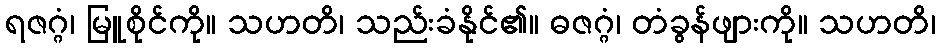
ရဇဂ္ဂံ၊ မြူစိုင်ကို။ သဟတိ၊ သည်းခံနိုင်၏။ ဓဇဂ္ဂံ၊ တံခွန်ဖျားကို။ သဟတိ၊